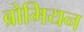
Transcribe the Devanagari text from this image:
ब्रोमियन